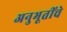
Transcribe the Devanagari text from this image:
अनुभूतींचे